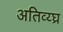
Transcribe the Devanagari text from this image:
अतिव्य्घ्र